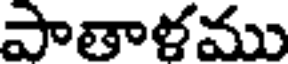
పాతాళము